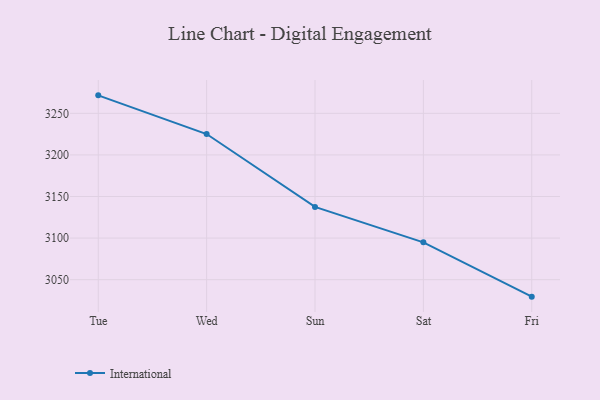
{"axis": {"x": "Day", "y": "Revenue (USD Million)"}, "legend": ["International"], "data": [{"x": "Tue", "y": 3271.6, "type": "International"}, {"x": "Wed", "y": 3225.1, "type": "International"}, {"x": "Sun", "y": 3137.5, "type": "International"}, {"x": "Sat", "y": 3094.9, "type": "International"}, {"x": "Fri", "y": 3029.6, "type": "International"}]}